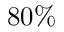
8 0 \%